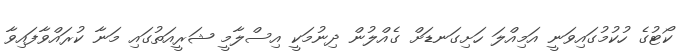
ކޯޓުގެ ހުކުމުގައިވަނީ އަމިއްލަ ހަށިގަނޑަށް ގެއްލުން ދިނުމަކީ އިސްލާމީ ޝަރީއަތުގައި މަނާ ކުރައްވާފައިވާ